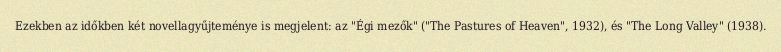
Ezekben az időkben két novellagyűjteménye is megjelent: az "Égi mezők" ("The Pastures of Heaven", 1932), és "The Long Valley" (1938).